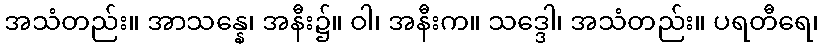
အသံတည်း။ အာသန္နေ၊ အနီး၌။ ဝါ၊ အနီးက။ သဒ္ဒေါ၊ အသံတည်း။ ပရတီရေ၊